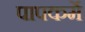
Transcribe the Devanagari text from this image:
पापकर्मे